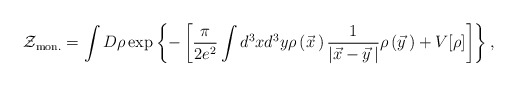
\begin{align*}{\cal Z}_{\rm mon.}=\int D\rho \exp\left\{-\left[\frac{\pi}{2e^2}\int d^3xd^3y\rho\left(\vec x{\,}\right)\frac{1}{\left|\vec x-\vec y{\,}\right|}\rho\left(\vec y{\,}\right)+V[\rho]\right]\right\},\end{align*}